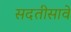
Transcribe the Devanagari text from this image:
सदतीसावे